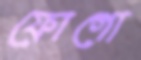
ফোগো